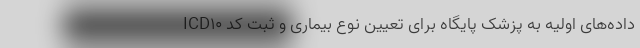
داده‌های اولیه به پزشک پایگاه برای تعیین نوع بیماری و ثبت کد ICD۱۰